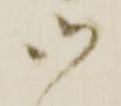
御